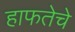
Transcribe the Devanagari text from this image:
हाफतेचे